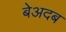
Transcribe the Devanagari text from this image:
बेअदब